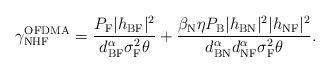
LaTeX: \begin{align*}\gamma_{\textrm{NHF}}^{\textrm{OFDMA}}=\frac{P_\textrm{F}{|h_{\textrm{BF}}|^2} }{{d_{\textrm{BF}}^{\alpha} \sigma_{\textrm{F}}^2} \theta}+\frac{\beta_{\textrm{N}} \eta P_\textrm{B} |h_{\textrm{BN}}|^2 |h_{\textrm{NF}}|^2}{d_{\textrm{BN}}^{\alpha} d_{\textrm{NF}}^{\alpha} \sigma_{\textrm{F}}^2 \theta}.\end{align*}